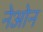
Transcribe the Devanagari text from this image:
नेओन